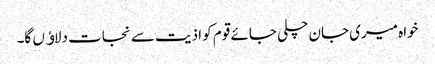
خواہ میری جان چلی جائے قوم کو اذیت سے نجات دلاﺅں گا۔